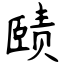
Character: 赜